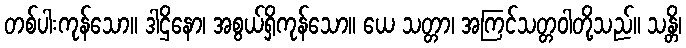
တစ်ပါးကုန်သော။ ဒါဌိနော၊ အစွယ်ရှိကုန်သော။ ယေ သတ္တာ၊ အကြင်သတ္တဝါတို့သည်။ သန္တိ၊